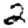
Digit: 2